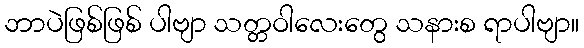
ဘာပဲဖြစ်ဖြစ် ပါဗျာ သတ္တဝါလေးတွေ သနားစ ရာပါဗျာ။